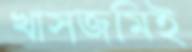
খাসজমিই